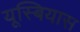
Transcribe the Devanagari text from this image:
यूस्बियास